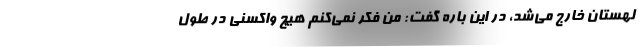
لهستان خارج می‌شد، در این باره گفت: من فکر نمی‌کنم هیچ واکسنی در طول